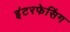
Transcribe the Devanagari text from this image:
इंटरफेसिंग